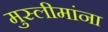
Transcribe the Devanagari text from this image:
मुस्लीमांना